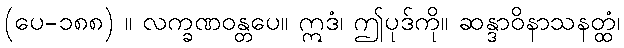
(ပေ-၁၈၈) ။ လက္ခဏဝန္တပေ။ ဣဒံ၊ ဤပုဒ်ကို။ ဆန္ဒာဝိနာသနတ္ထံ၊